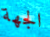
الجهة